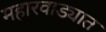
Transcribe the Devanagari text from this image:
महारवाड्यात